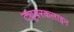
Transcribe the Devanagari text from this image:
ट्यूबरकलाइन